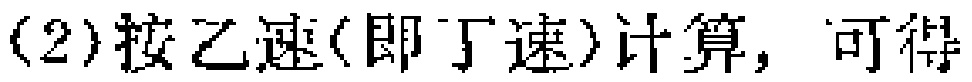
(2)按乙速(即丁速)计算，可得